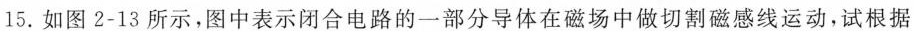
15.如图2-13所示，图中表示闭合电路的一部分导体在磁场中做切割磁感线运动，试根据